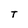
Character: T